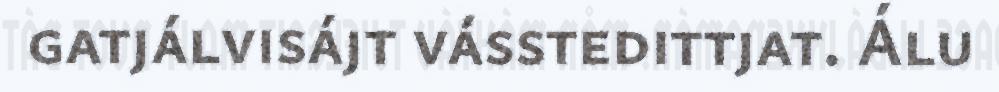
gatjálvisájt vásstedittjat. Álu